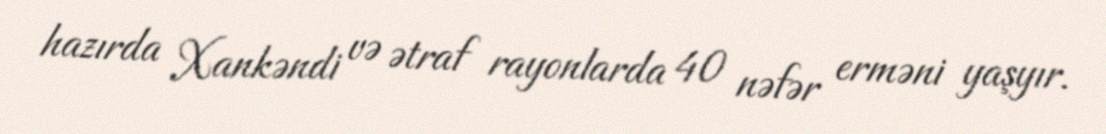
hazırda Xankəndi və ətraf rayonlarda 40 nəfər erməni yaşyır.